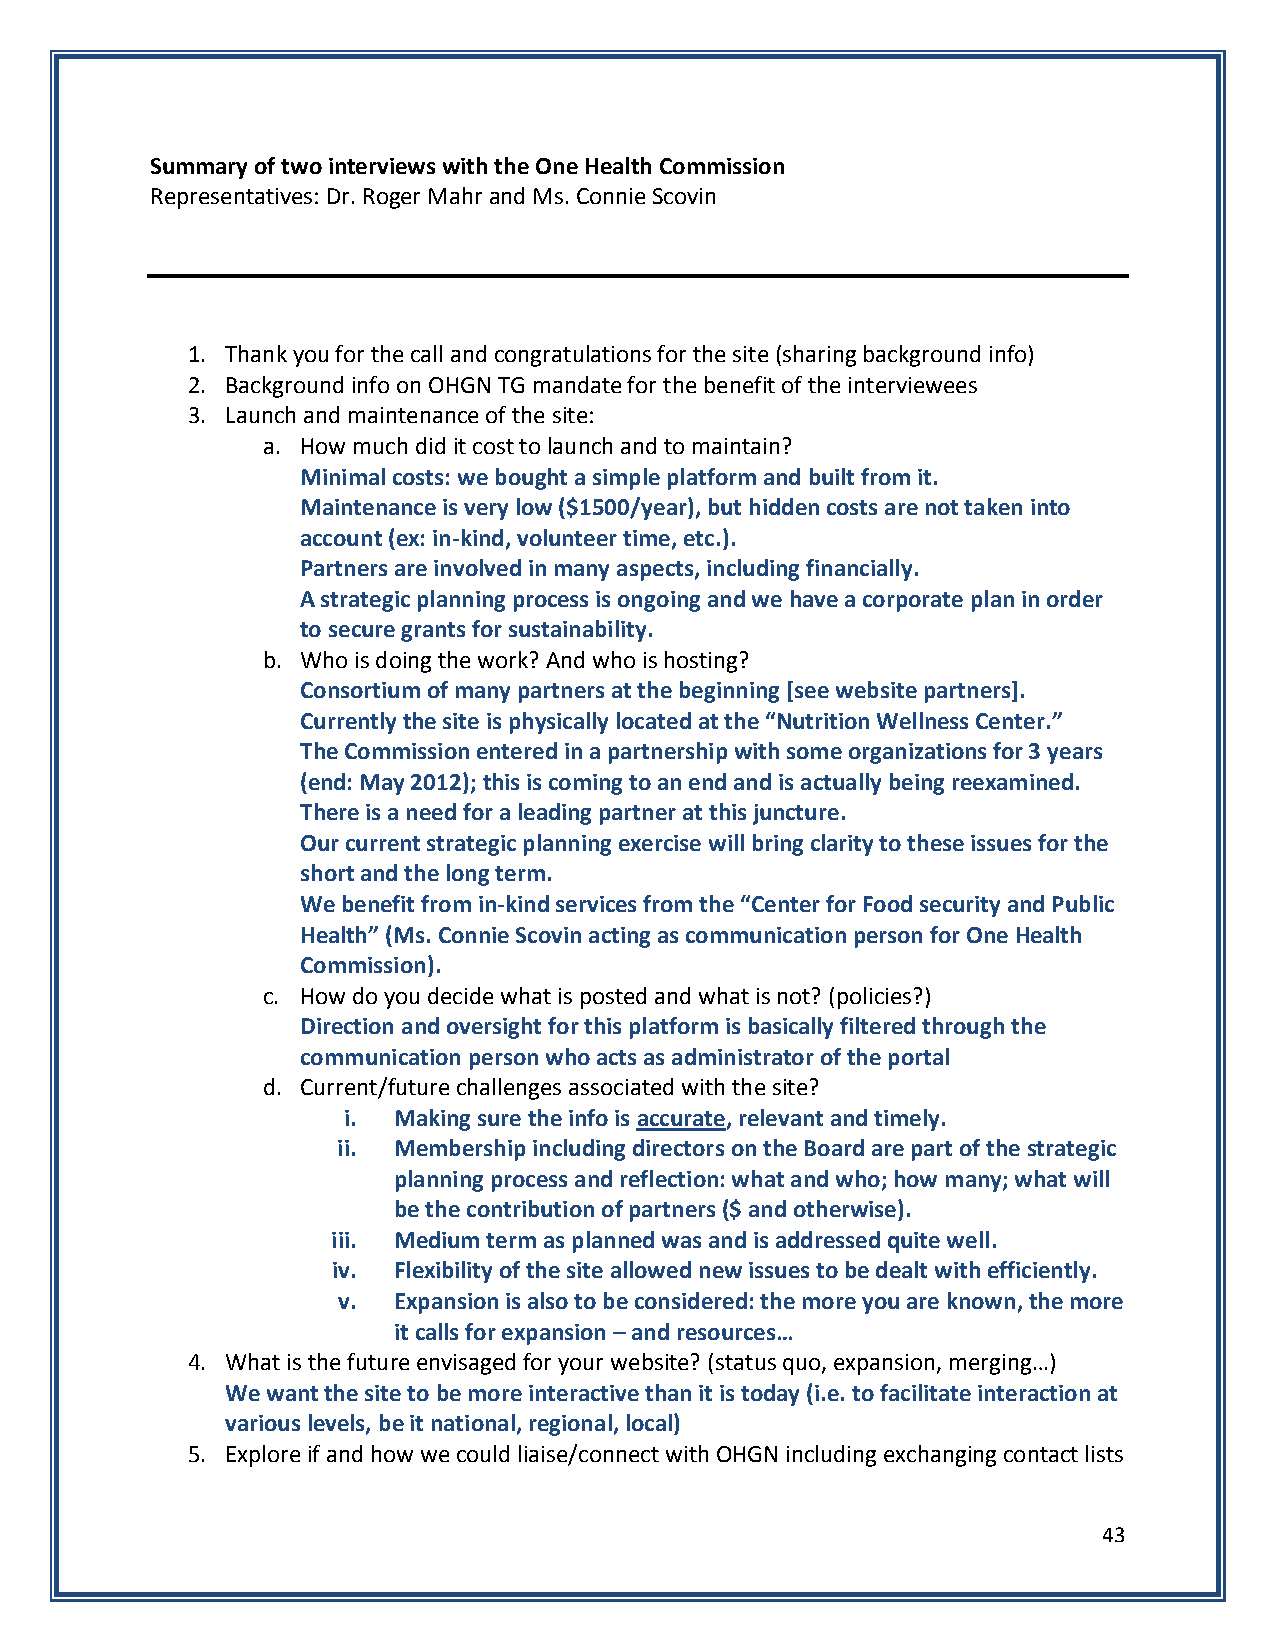
Summary of two interviews with the One Health Commission
 Representatives: Dr. Roger Mahr and Ms. Connie Scovin
 1. Thank you for the call and congratulations for the site (sharing background info)
 2. Background info on OHGN TG mandate for the benefit of the interviewees
 3. Launch and maintenance of the site:
 a. How much did it cost to launch and to maintain?
 Minimal costs: we bought a simple platform and built from it.
 Maintenance is very low ($1500/year), but hidden costs are not taken into
 account (ex: in-kind, volunteer time, etc.).
 Partners are involved in many aspects, including financially.
 A strategic planning process is ongoing and we have a corporate plan in order
 to secure grants for sustainability.
 b. Who is doing the work? And who is hosting?
 Consortium of many partners at the beginning [see website partners].
 Currently the site is physically located at the “Nutrition Wellness Center.”
 The Commission entered in a partnership with some organizations for 3 years
 (end: May 2012); this is coming to an end and is actually being reexamined.
 There is a need for a leading partner at this juncture.
 Our current strategic planning exercise will bring clarity to these issues for the
 short and the long term.
 We benefit from in-kind services from the “Center for Food security and Public
 Health” (Ms. Connie Scovin acting as communication person for One Health
 Commission).
 c. How do you decide what is posted and what is not? (policies?)
 Direction and oversight for this platform is basically filtered through the
 communication person who acts as administrator of the portal
 d. Current/future challenges associated with the site?
 i. Making sure the info is accurate, relevant and timely.
 ii. Membership including directors on the Board are part of the strategic
 planning process and reflection: what and who; how many; what will
 be the contribution of partners ($ and otherwise).
 iii. Medium term as planned was and is addressed quite well.
 iv. Flexibility of the site allowed new issues to be dealt with efficiently.
 v.  Expansion is also to be considered: the more you are known, the more
 it calls for expansion – and resources…
 4. What is the future envisaged for your website? (status quo, expansion, merging…)
 We want the site to be more interactive than it is today (i.e. to facilitate interaction at
 various levels, be it national, regional, local)
 5. Explore if and how we could liaise/connect with OHGN including exchanging contact lists
 43